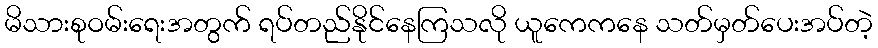
မိသားစုဝမ်းရေးအတွက် ရပ်တည်နိုင်နေကြသလို ယူကေကနေ သတ်မှတ်ပေးအပ်တဲ့